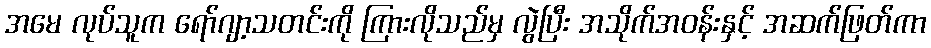
အမေ လုပ်သူက ရော်ဂျာ့သတင်းကို ကြားလိုသည်မှ လွဲပြီး အသိုက်အဝန်းနှင့် အဆက်ဖြတ်ကာ